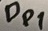
Text: Dp1